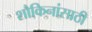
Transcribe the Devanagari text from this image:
शौकिनांसाठी